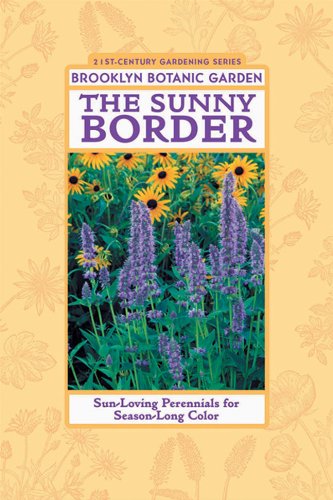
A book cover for The Sunny Border: Sun-Loving Perennials for Season-Long Color; C. Burrell; Crafts, Hobbies & Home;